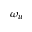
\omega _ { u }